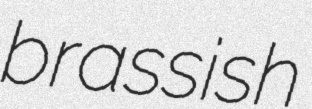
brassish